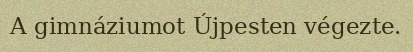
A gimnáziumot Újpesten végezte.